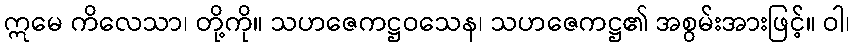
ဣမေ ကိလေသာ၊ တို့ကို။ သဟဇေကဋ္ဌဝသေန၊ သဟဇေကဋ္ဌ၏ အစွမ်းအားဖြင့်။ ဝါ၊